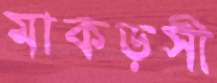
মাকড়সী